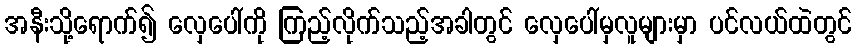
အနီးသို့ရောက်၍ လှေပေါ်ကို ကြည့်လိုက်သည့်အခါတွင် လှေပေါ်မှလူများမှာ ပင်လယ်ထဲတွင်